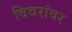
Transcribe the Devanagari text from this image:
विवरांवर